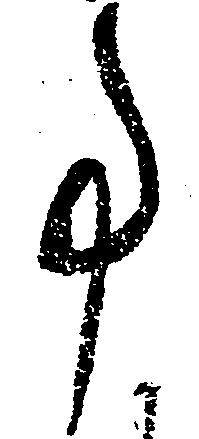
事